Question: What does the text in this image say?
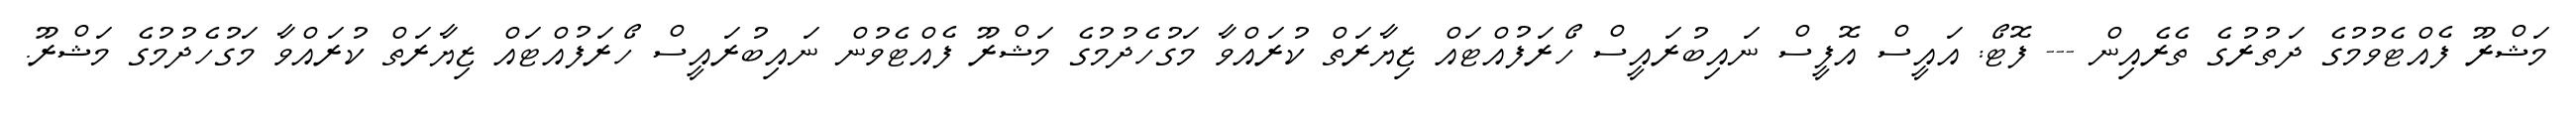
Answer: މަޝްރޫ ފެއްޓެވުމުގެ ދަތުރުގެ ތެރެއިން --- ފޮޓޯ: އައީސް އޮފީސް ނައިބުރައީސް ހޯރަފުއްޓައް ޒިޔާރަތް ކުރައްވާ މަގުހެދުމުގެ މަޝްރޫ ފެއްޓެވުން ނައިބުރައީސް ހޯރަފުއްޓައް ޒިޔާރަތް ކުރައްވާ މަގުހެދުމުގެ މަޝްރޫ.